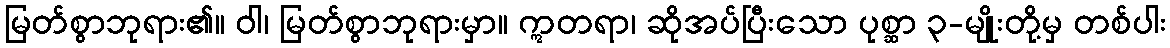
မြတ်စွာဘုရား၏။ ဝါ၊ မြတ်စွာဘုရားမှာ။ ဣတရာ၊ ဆိုအပ်ပြီးသော ပုစ္ဆာ ၃-မျိုးတို့မှ တစ်ပါး